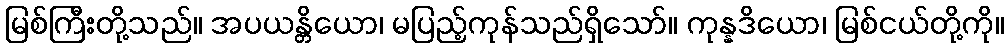
မြစ်ကြီးတို့သည်။ အပယန္တိယော၊ မပြည့်ကုန်သည်ရှိသော်။ ကုန္နဒိယော၊ မြစ်ငယ်တို့ကို။